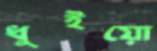
ধুইয়ো